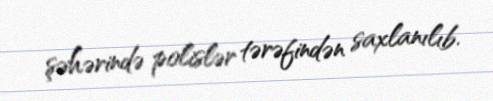
şəhərində polislər tərəfindən saxlanılıb.